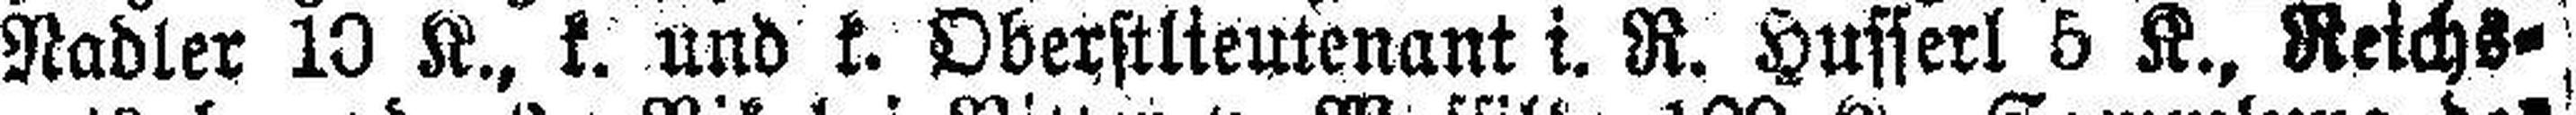
Nadler 10 K., k. und k. Oberstlieutenant i. R. Husserl 5 K., Reichs¬